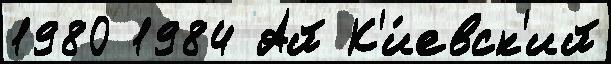
1980 1984 Ай К'и́евск'ий